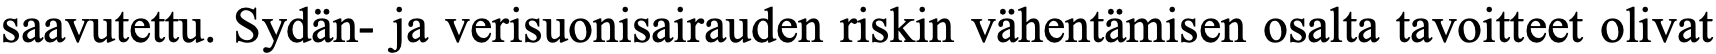
saavutettu. Sydän- ja verisuonisairauden riskin vähentämisen osalta tavoitteet olivat